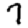
Digit: 7